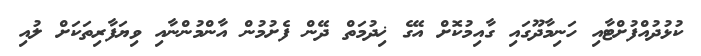
ކުޅުދުއްފުށްޓާއި ހަނިމާދޫގައި ގާއިމުކޮށް އޭގެ ޚިދުމަތް ދޭން ފެށުމުން އާންމުންނާއި ވިޔަފާރިތަކަށް ލުއި